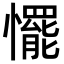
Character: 𢤛